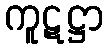
ကူဋဋ္ဌာ